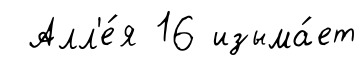
Алл'е́я 16 изыма́ет